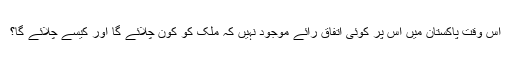
اس وقت پاکستان میں اس پر کوئی اتفاق رائے موجود نہیں کہ ملک کو کون چلائے گا اور کیسے چلائے گا؟